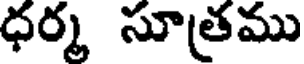
ధర్మ సూత్రము